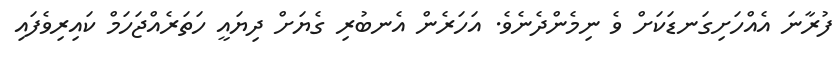
ފުރާނަ އެއްހަށިގަނޑަކަށް ވެ ނިމެންދެނެވެ. އަހަރެން އެނބުރި ގެޔަށް ދިޔައީ ހަތަރެއްޖަހަމް ކައިރިވެފައި